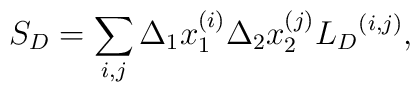
{S }_D=\sum_{i,j}\Delta_1 x_1^{(i)}\Delta_2 x_2^{(j)}{{L}_D}^{(i,j)},